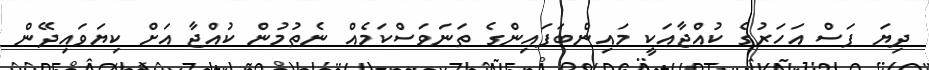
ދިޔަ ފަސް އަހަރުގެ ކުއްޖާއަކީ މައިންބަފައިންގެ ތަނަވަސްކަމެއް ނެތުމުން ކުއްޖާ އަށް ކިޔަވައިދޭން